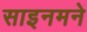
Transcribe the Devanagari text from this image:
साइनमने